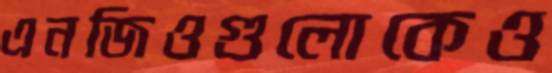
এনজিওগুলোকেও